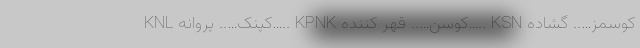
KNL کپنک….. پروانه….. KPNK کوسن….. قهر کننده….. KSN کوسمز….. گشاده